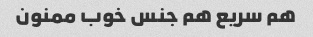
هم سریع هم جنس خوب ممنون